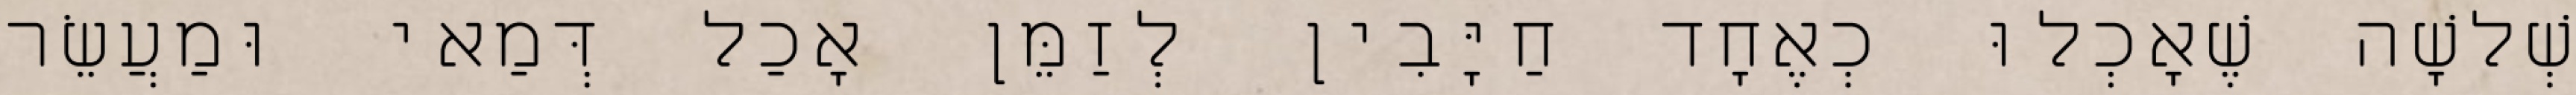
שְׁלשָׁה שֶׁאָכְלוּ כְאֶחָד חַיָּבִין לְזַמֵּן אָכַל דְּמַאי וּמַעֲשֵׂר